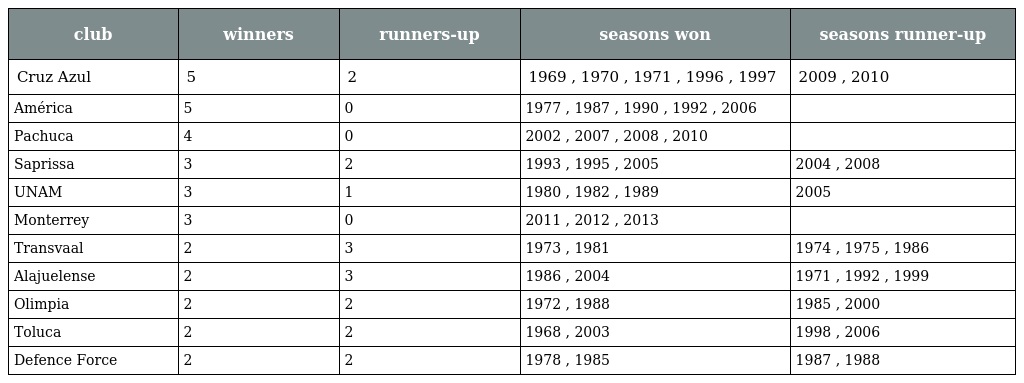
| club | winners | runners-up | seasons won | seasons runner-up |
 | --- | --- | --- | --- | --- |
 | Cruz Azul | 5 | 2 | 1969 , 1970 , 1971 , 1996 , 1997 | 2009 , 2010 |
 | América | 5 | 0 | 1977 , 1987 , 1990 , 1992 , 2006 |  |
 | Pachuca | 4 | 0 | 2002 , 2007 , 2008 , 2010 |  |
 | Saprissa | 3 | 2 | 1993 , 1995 , 2005 | 2004 , 2008 |
 | UNAM | 3 | 1 | 1980 , 1982 , 1989 | 2005 |
 | Monterrey | 3 | 0 | 2011 , 2012 , 2013 |  |
 | Transvaal | 2 | 3 | 1973 , 1981 | 1974 , 1975 , 1986 |
 | Alajuelense | 2 | 3 | 1986 , 2004 | 1971 , 1992 , 1999 |
 | Olimpia | 2 | 2 | 1972 , 1988 | 1985 , 2000 |
 | Toluca | 2 | 2 | 1968 , 2003 | 1998 , 2006 |
 | Defence Force | 2 | 2 | 1978 , 1985 | 1987 , 1988 |